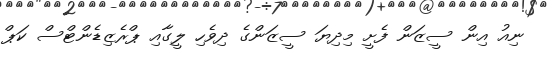
ނިއު އިން ސީޒަން ފެށީ މިދިޔަ ސީޒަންގެ ދިވެހި ލީގާއި ޕްރެޒިޑެންޓްސް ކަޕް